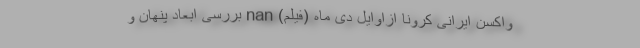
واکسن ایرانی کرونا ازاوایل دی ماه (فیلم) nan بررسی ابعاد پنهان و